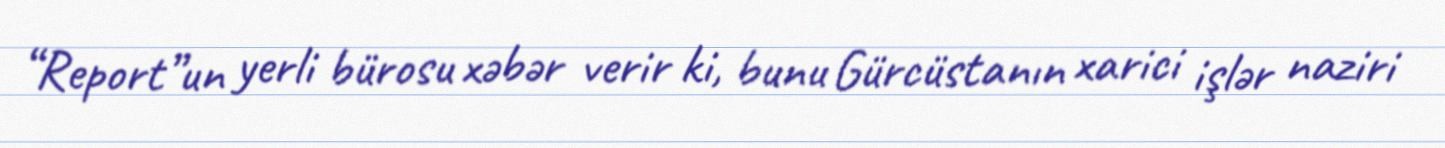
“Report”un yerli bürosu xəbər verir ki, bunu Gürcüstanın xarici işlər naziri